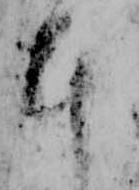
本